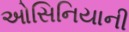
ઓસિનિયાની